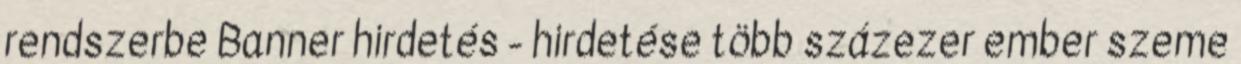
rendszerbe Banner hirdetés - hirdetése több százezer ember szeme